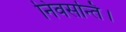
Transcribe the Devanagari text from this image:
निवसन्ति।